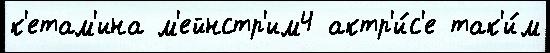
к'етам'ина м'ейнстр'им4 актр'и́с'е так'и́м